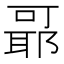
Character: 𬚞